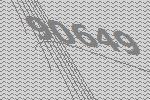
90649